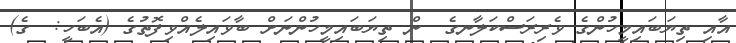
އާއި ތިޔަބައިމީހުންގެ ވެރިރަސްކަލާނގެ  ން ތިޔަބައިމީހުންނަށް ބާވައިލެއްވިފޮތުގެ (އެބަހީ:  ގެ)